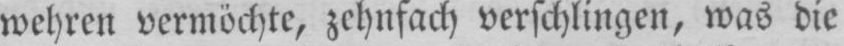
wehren vermöchte, zehnfach verschlingen, was die